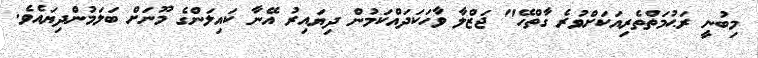
މިބުނީ ރަޙުމަތްތެރިއަކަށްވުރެ ގާތްހޭ" ޖަޒްލާ ވާހަކަދައްކަމުން ދިޔައިރު އޭނާ ކައިލަންގެ މޫނަށް ބަލަމުންދިޔައެވެ.